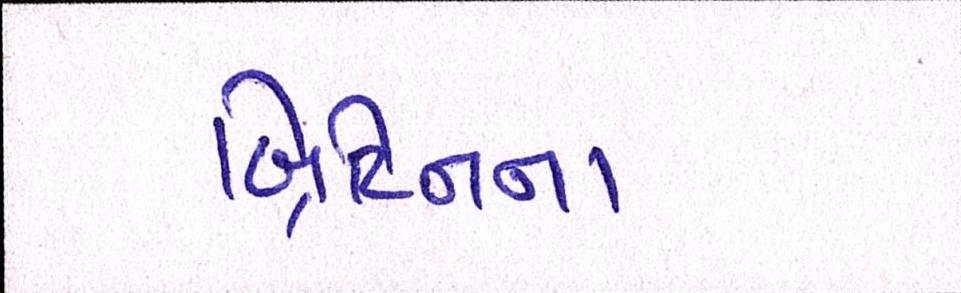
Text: બ્રિટિનના